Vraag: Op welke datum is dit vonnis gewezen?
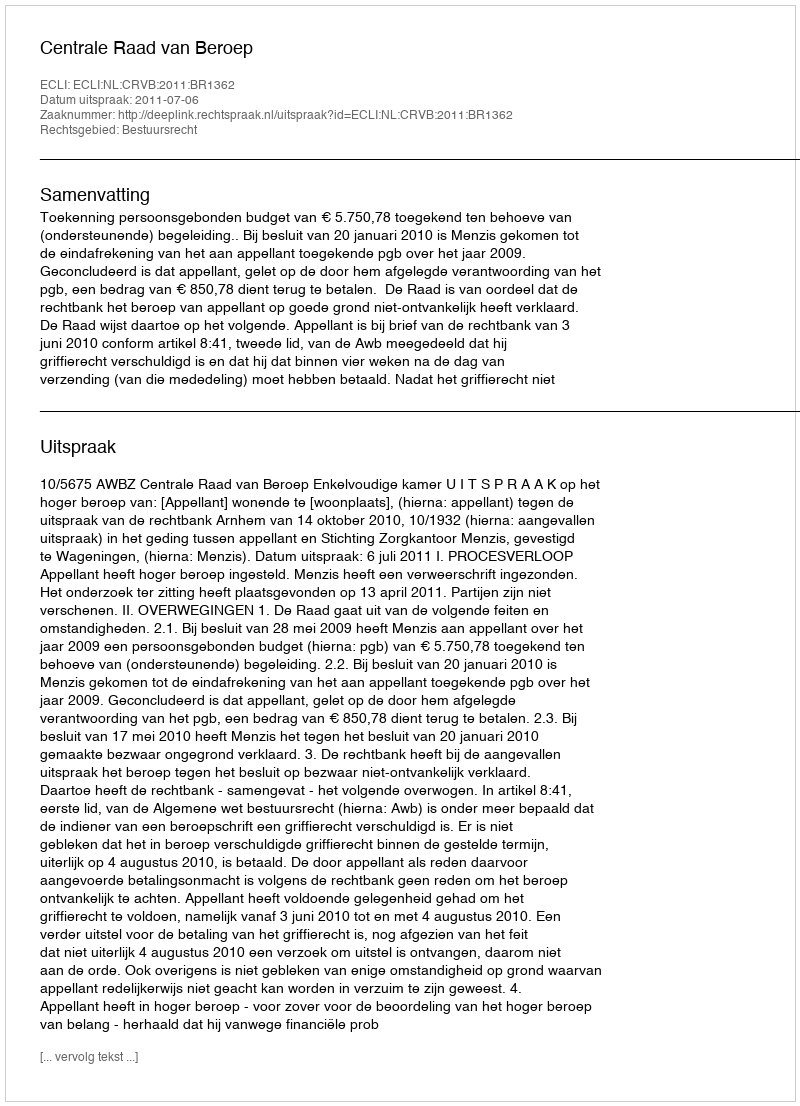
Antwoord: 2011-07-06